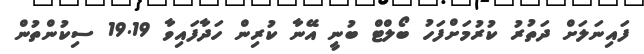
ފައިނަލަށް ދަތުރު ކުރުމަށްފަހު ބޯލްޓް ބުނީ އޭނާ ކުރިން ހަދާފައިވާ 19.19 ސިކުންތުން